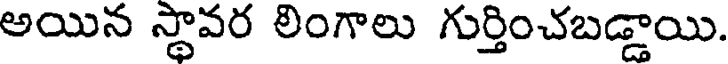
అయిన స్థావర లింగాలు గుర్తించబడ్డాయి.